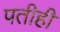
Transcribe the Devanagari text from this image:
पतीही